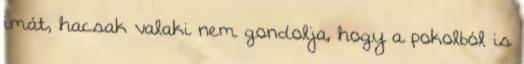
imát, hacsak valaki nem gondolja, hogy a pokolból is